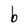
Character: b